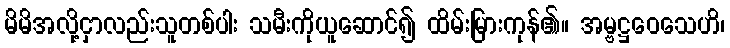
မိမိအလို့ငှာလည်းသူတစ်ပါး သမီးကိုယူဆောင်၍ ထိမ်းမြားကုန်၏။ အမ္ဗဋ္ဌဝေသေဟိ၊